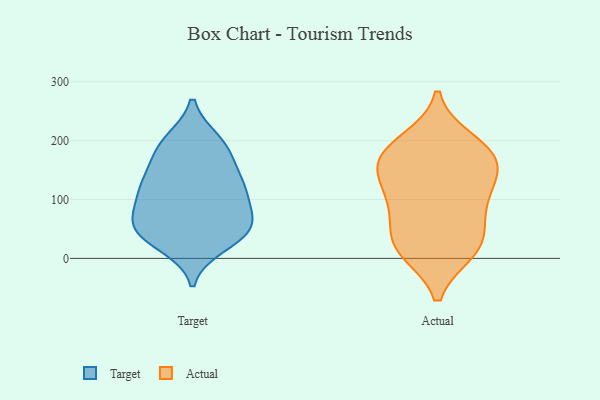
{"axis": {"x": "Headcount", "y": "Value"}, "legend": ["Actual", "Target"], "data": [{"x": "", "y": 42, "type": "Target"}, {"x": "", "y": 23, "type": "Target"}, {"x": "", "y": 57, "type": "Target"}, {"x": "", "y": 57, "type": "Target"}, {"x": "", "y": 82, "type": "Target"}, {"x": "", "y": 136, "type": "Target"}, {"x": "", "y": 193, "type": "Target"}, {"x": "", "y": 169, "type": "Target"}, {"x": "", "y": 190, "type": "Target"}, {"x": "", "y": 71, "type": "Target"}, {"x": "", "y": 119, "type": "Target"}, {"x": "", "y": 127, "type": "Target"}, {"x": "", "y": 38, "type": "Target"}, {"x": "", "y": 109, "type": "Target"}, {"x": "", "y": 121, "type": "Target"}, {"x": "", "y": 199, "type": "Target"}, {"x": "", "y": 45, "type": "Target"}, {"x": "", "y": 71, "type": "Actual"}, {"x": "", "y": 163, "type": "Actual"}, {"x": "", "y": 27, "type": "Actual"}, {"x": "", "y": 176, "type": "Actual"}, {"x": "", "y": 122, "type": "Actual"}, {"x": "", "y": 187, "type": "Actual"}, {"x": "", "y": 155, "type": "Actual"}, {"x": "", "y": 13, "type": "Actual"}, {"x": "", "y": 94, "type": "Actual"}, {"x": "", "y": 156, "type": "Actual"}, {"x": "", "y": 102, "type": "Actual"}, {"x": "", "y": 199, "type": "Actual"}, {"x": "", "y": 25, "type": "Actual"}, {"x": "", "y": 17, "type": "Actual"}]}